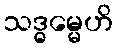
သဒ္ဓမ္မေဟိ